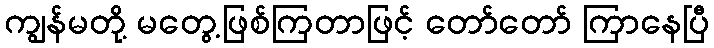
ကျွန်မတို့ မတွေ့ဖြစ်ကြတာဖြင့် တော်တော် ကြာနေပြီ